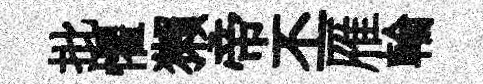
批懼獺帝丕雁輪